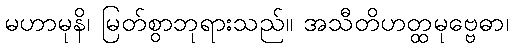
မဟာမုနိ၊ မြတ်စွာဘုရားသည်။ အသီတိဟတ္ထမုဗ္ဗေဓာ၊